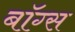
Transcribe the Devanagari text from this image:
बॉग्स